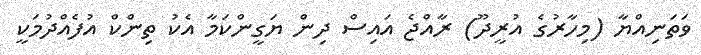
ވަތަނިއްޔާ (މިހާރުގެ އުރީދޫ) ރާއްޖެ އައިސް ދިން ޔަގީންކަމާ އެކު ތިންކް އުފެއްދުމަކީ